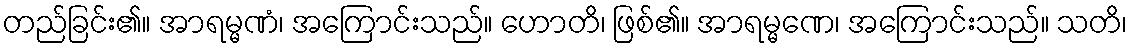
တည်ခြင်း၏။ အာရမ္မဏံ၊ အကြောင်းသည်။ ဟောတိ၊ ဖြစ်၏။ အာရမ္မဏေ၊ အကြောင်းသည်။ သတိ၊